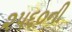
૨૫૬૦ની